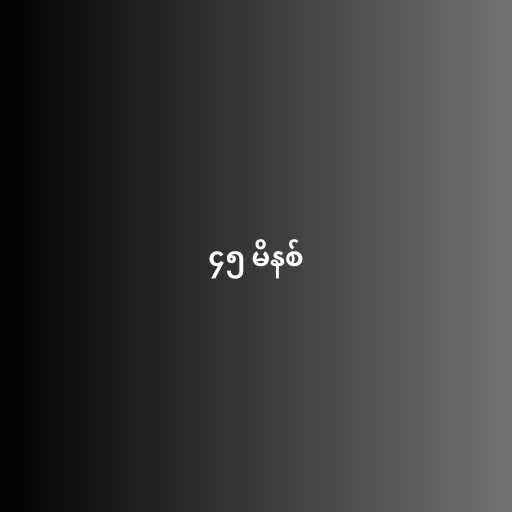
၄၅ မိနစ်